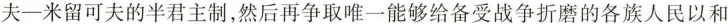
夫——米留可夫的半君主制，然后再争取唯一能够给备受战争折磨的各族人民以和